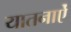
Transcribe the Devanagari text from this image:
यातनाऐं